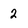
Character: 2